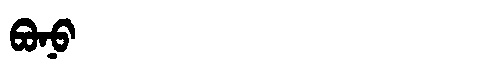
Manchu: ᠪᠣᠨᠣ
Romanization: BONO